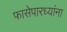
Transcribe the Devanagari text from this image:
फासेपारध्यांना